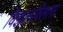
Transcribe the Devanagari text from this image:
विज्ञानविलास